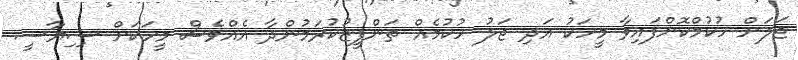
ޖަލަށް ހުކުމްކޮށްފައިވާ މީހަކު އަދި ޖަލު ހުކުމެއް ތަންފީޒުކުރަމުންދާ އެއްވެސް މީހަކަށް ސިިޔާސީ